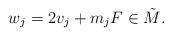
LaTeX: \begin{align*}w_j = 2v_j + m_j F \in \tilde M.\end{align*}